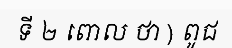
ទី ២ ពោល ថា ) ពូជ